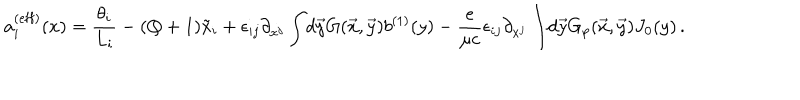
a _ { i } ^ { ( \mathrm { e f f } ) } ( x ) = { \frac { \theta _ { i } } { L _ { i } } } - ( Q + 1 ) \tilde { x } _ { i } + \epsilon _ { i j } \partial _ { x ^ { j } } \int \! d \vec { y } G ( \vec { x } , \vec { y } ) b ^ { ( 1 ) } ( y ) - { \frac { e } { \mu c } } \epsilon _ { i j } \partial _ { x ^ { j } } \int \! d \vec { y } G _ { p } ( \vec { x } , \vec { y } ) J _ { 0 } ( y ) \, .